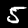
Label: 5